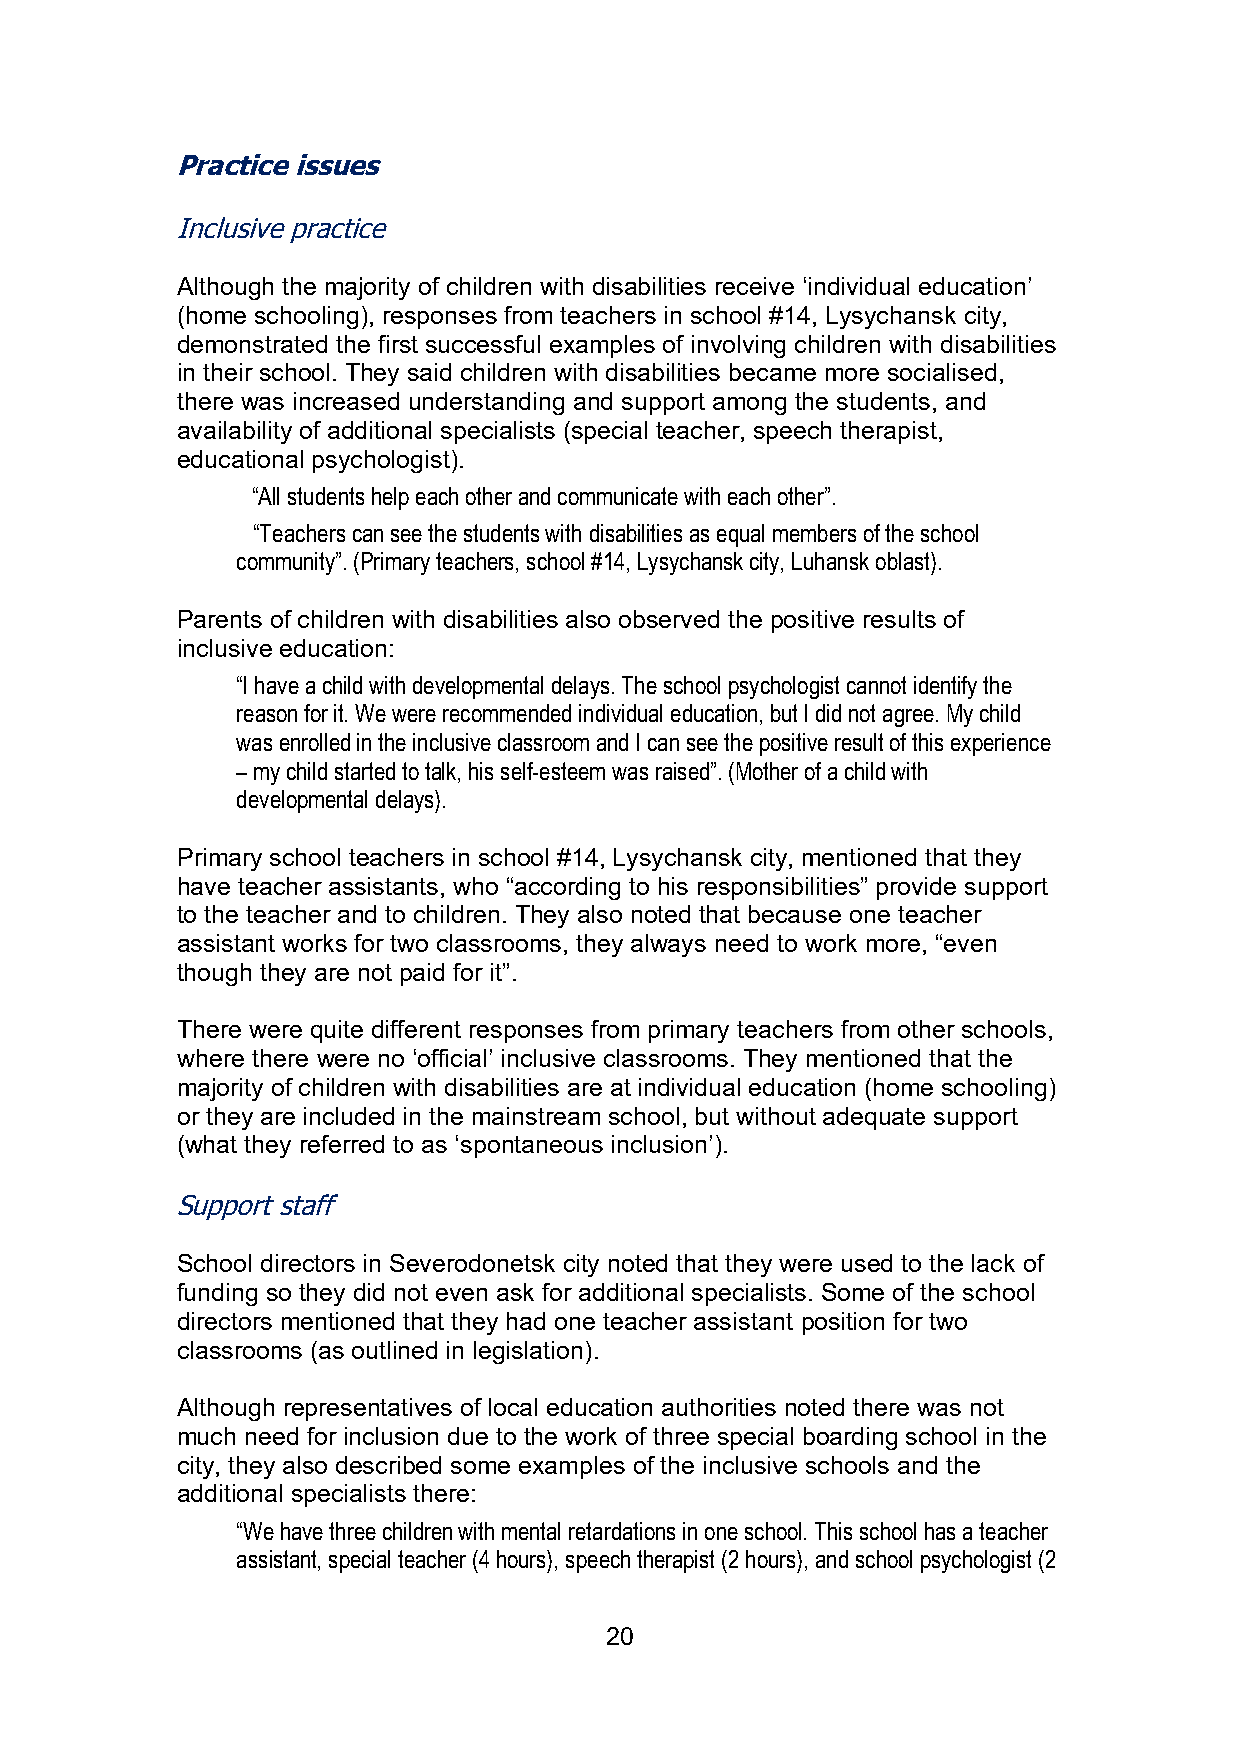
Practice issues
 Inclusive practice
 Although the majority of children with disabilities receive ‘individual education’
 (home schooling), responses from teachers in school #14, Lysychansk city,
 demonstrated the first successful examples of involving children with disabilities
 in their school. They said children with disabilities became more socialised,
 there was increased understanding and support among the students, and
 availability of additional specialists (special teacher, speech therapist,
 educational psychologist).
 “All students help each other and communicate with each other”.
 “Teachers can see the students with disabilities as equal members of the school
 community”. (Primary teachers, school #14, Lysychansk city, Luhansk oblast).
 Parents of children with disabilities also observed the positive results of
 inclusive education:
 “I have a child with developmental delays. The school psychologist cannot identify the
 reason for it. We were recommended individual education, but I did not agree. My child
 was enrolled in the inclusive classroom and I can see the positive result of this experience
 – my child started to talk, his self-esteem was raised”. (Mother of a child with
 developmental delays).
 Primary school teachers in school #14, Lysychansk city, mentioned that they
 have teacher assistants, who “according to his responsibilities” provide support
 to the teacher and to children. They also noted that because one teacher
 assistant works for two classrooms, they always need to work more, “even
 though they are not paid for it”.
 There were quite different responses from primary teachers from other schools,
 where there were no ‘official’ inclusive classrooms. They mentioned that the
 majority of children with disabilities are at individual education (home schooling)
 or they are included in the mainstream school, but without adequate support
 (what they referred to as ‘spontaneous inclusion’).
 Support staff
 School directors in Severodonetsk city noted that they were used to the lack of
 funding so they did not even ask for additional specialists. Some of the school
 directors mentioned that they had one teacher assistant position for two
 classrooms (as outlined in legislation).
 Although representatives of local education authorities noted there was not
 much need for inclusion due to the work of three special boarding school in the
 city, they also described some examples of the inclusive schools and the
 additional specialists there:
 “We have three children with mental retardations in one school. This school has a teacher
 assistant, special teacher (4 hours), speech therapist (2 hours), and school psychologist (2
 20